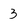
Character: 3